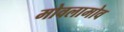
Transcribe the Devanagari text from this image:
मोवलामोव